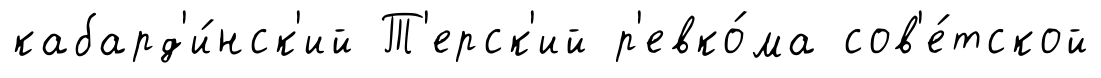
кабард'и́нск'ий Т'ерск'ий р'евко́ма сов'е́тской